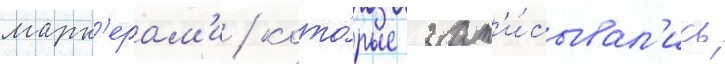
марк'ерам'и / кото́рые зап'и́сывал'ись